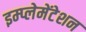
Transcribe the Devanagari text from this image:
इम्प्लेमेंटेशन